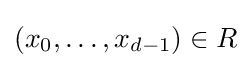
(x_{0},\ldots ,x_{d-1})\in R